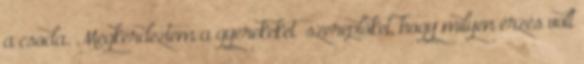
a csoda. Megkérdeztem a gyerekeket szereplőket, hogy milyen érzés volt